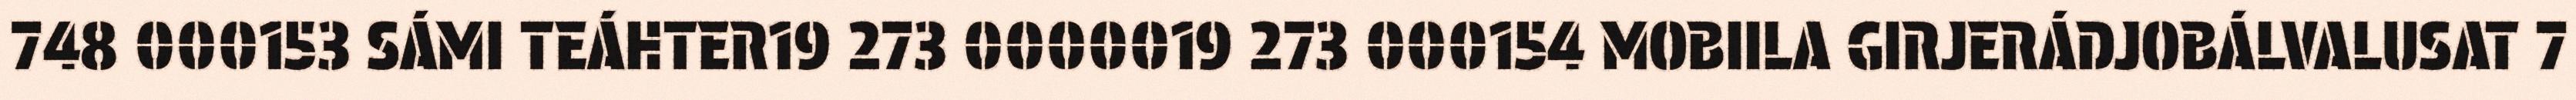
748 000153 SÁMI TEÁHTER19 273 0000019 273 000154 MOBIILA GIRJERÁDJOBÁLVALUSAT 7